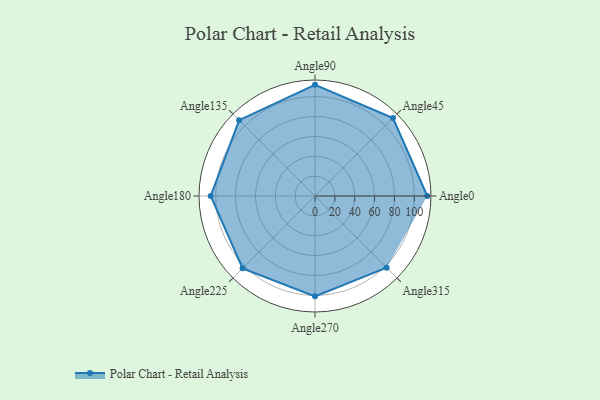
{"axis": {"x": "Angle", "y": "Radius"}, "legend": [""], "data": [{"x": "Angle0", "y": 113.0, "type": ""}, {"x": "Angle45", "y": 111.0, "type": ""}, {"x": "Angle90", "y": 112.0, "type": ""}, {"x": "Angle135", "y": 108.0, "type": ""}, {"x": "Angle180", "y": 105.0, "type": ""}, {"x": "Angle225", "y": 103.0, "type": ""}, {"x": "Angle270", "y": 101.0, "type": ""}, {"x": "Angle315", "y": 102.0, "type": ""}]}